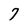
Character: 7